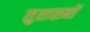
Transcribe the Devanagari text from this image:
सुशासनों